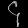
Digit: ၄